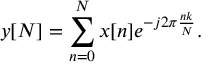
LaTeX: y [ N ] = \sum _ { n = 0 } ^ { N } x [ n ] e ^ { - j 2 \pi { \frac { n k } { N } } } .